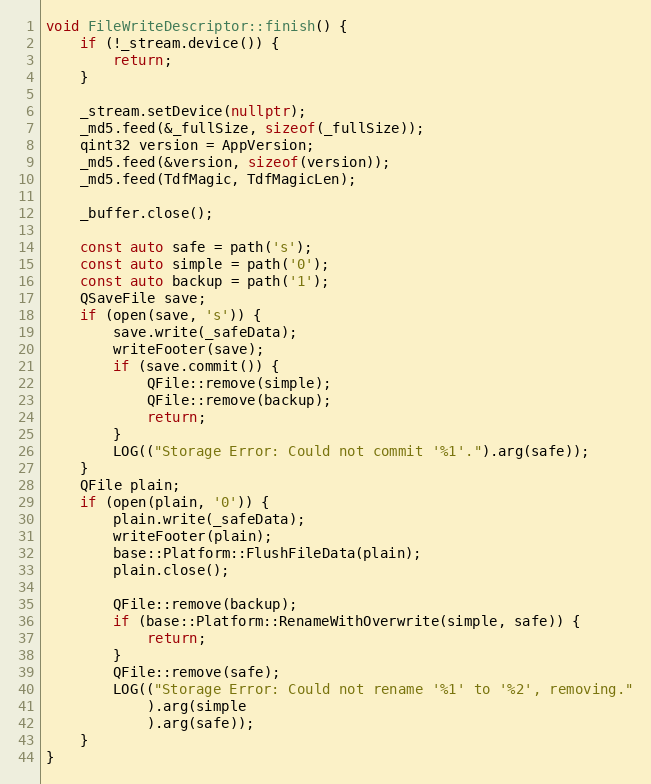
Language: C++
void FileWriteDescriptor::finish() {
	if (!_stream.device()) {
		return;
	}

	_stream.setDevice(nullptr);
	_md5.feed(&_fullSize, sizeof(_fullSize));
	qint32 version = AppVersion;
	_md5.feed(&version, sizeof(version));
	_md5.feed(TdfMagic, TdfMagicLen);

	_buffer.close();

	const auto safe = path('s');
	const auto simple = path('0');
	const auto backup = path('1');
	QSaveFile save;
	if (open(save, 's')) {
		save.write(_safeData);
		writeFooter(save);
		if (save.commit()) {
			QFile::remove(simple);
			QFile::remove(backup);
			return;
		}
		LOG(("Storage Error: Could not commit '%1'.").arg(safe));
	}
	QFile plain;
	if (open(plain, '0')) {
		plain.write(_safeData);
		writeFooter(plain);
		base::Platform::FlushFileData(plain);
		plain.close();

		QFile::remove(backup);
		if (base::Platform::RenameWithOverwrite(simple, safe)) {
			return;
		}
		QFile::remove(safe);
		LOG(("Storage Error: Could not rename '%1' to '%2', removing."
			).arg(simple
			).arg(safe));
	}
}